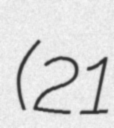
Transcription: (21